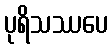
ပုရိသဿပေ